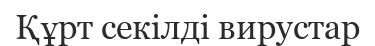
Құрт секілді вирустар